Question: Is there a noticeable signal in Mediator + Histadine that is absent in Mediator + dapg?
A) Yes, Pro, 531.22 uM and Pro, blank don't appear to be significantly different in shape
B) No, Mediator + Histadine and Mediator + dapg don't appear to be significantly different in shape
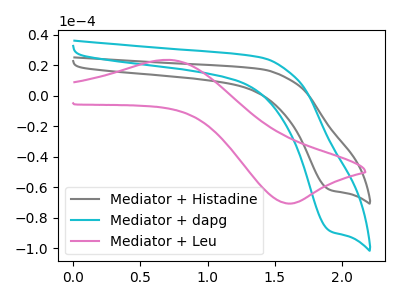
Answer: <think>The gray curve "Mediator + Histadine" has a cathodic peak at: (1.90V, -61.85uA). The cyan curve "Mediator + dapg" has a cathodic peak at: (1.90V, -88.85uA). The pink curve "Mediator + Leu" has an anodic peak at (0.70V, 23.55uA) and a cathodic peak at (1.60V, -70.70uA).
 All the peaks in "Mediator + Histadine" have a peak in "Mediator + dapg" at the same potential. Every peak in "Mediator + Histadine" is lower than every peak in "Mediator + dapg".</think>
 <answer>B) No, "Mediator + Histadine" and "Mediator + dapg" don't appear to be significantly different in shape</answer>
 <eval>B</eval>